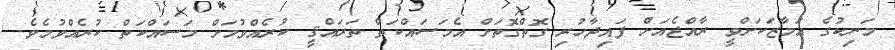
މަނިކުގެ އަމާޒަކަށްވީ ރާއްޖެއަށް ފައިދާހުރި ގޮތްގޮތަށް އެމަސައްކަތް ތަރައްޤީ ކުރެއްވުމަށް މަސައްކަތް ކުރެއްވުމެވެ.